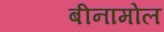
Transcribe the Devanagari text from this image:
बीनामोल